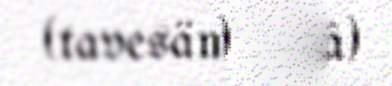
(tavesämikielâ)